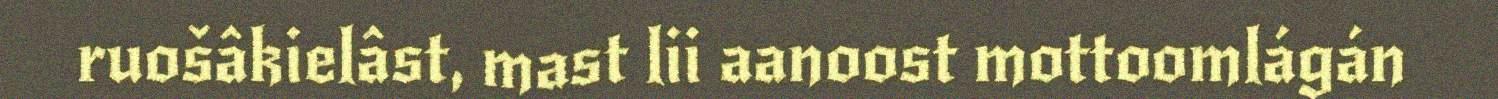
ruošâkielâst, mast lii aanoost mottoomlágán